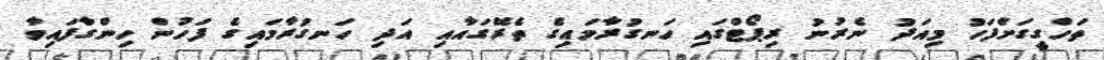
ތަހްގީގަށްފަހު މިއަދު ނެރުނު ރިޕޯޓްގައި ހަނގުރާމައިގެ ތެރޭގައާއި އަދި ހަނގުރާމައިގެ ފަހުން ހިންގާފައިވާ